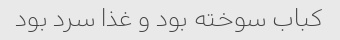
کباب سوخته بود و غذا سرد بود